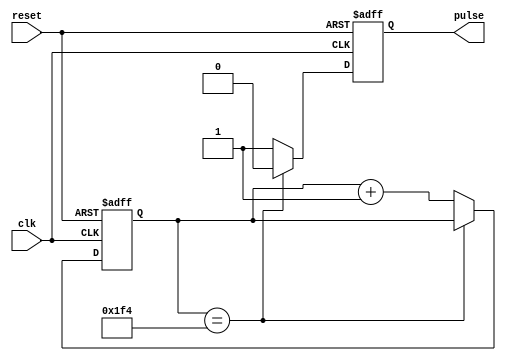
module falling_edge_pulse_generator(
    input wire clk,
    input wire reset,
    output reg pulse
);

reg [15:0] counter;

always @(posedge clk or posedge reset) begin
    if (reset) begin
        counter <= 16'b0;
        pulse <= 1'b0;
    end else begin
        if (counter == 16'd500) begin
            pulse <= 1'b0;
        end else begin
            pulse <= 1'b1;
            counter <= counter + 1'd1;
        end
    end
end

endmodule